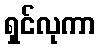
ရှင်လုကာ